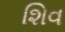
શિવ